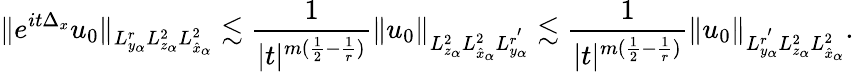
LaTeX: \| e^{it\Delta_{x}}u_{0}\| _{L_{y_{\alpha}}^{r}L_{z_{\alpha}}^{2}L_{\hat{x}_{\alpha}}^{2}}\lesssim\frac{1}{|t|^{m(\frac{1}{2}-\frac{1}{r})}}\| u_{0}\| _{L_{z_{\alpha}}^{2}L_{\hat{x}_{\alpha}}^{2}L_{y_{\alpha}}^{r^{'}}}\lesssim\frac{1}{|t|^{m(\frac{1}{2}-\frac{1}{r})}}\| u_{0}\| _{L_{y_{\alpha}}^{r^{'}}L_{z_{\alpha}}^{2}L_{\hat{x}_{\alpha}}^{2}}.